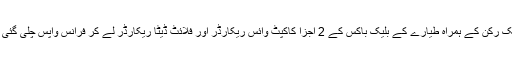
بعدازاں ٹیم تحقیقاتی بورڈ کے ایک رکن کے ہمراہ طیارے کے بلیک باکس کے 2 اجزا کاکپٹ وائس ریکارڈر اور فلائٹ ٖڈیٹا ریکارڈر لے کر فرانس واپس چلی گئی تھی جہاں اس پر کام جاری ہے۔